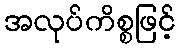
အလုပ်ကိစ္စဖြင့်